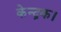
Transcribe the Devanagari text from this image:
केन्द्रक।